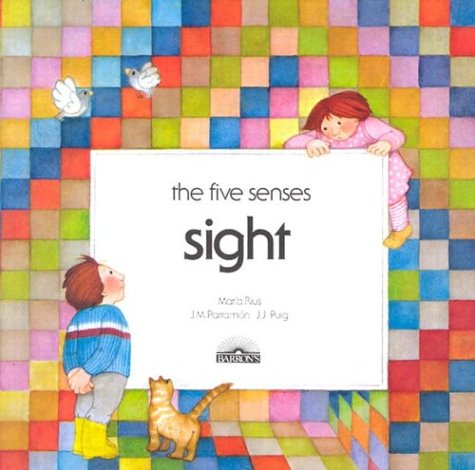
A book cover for Sight (Five Senses Series); Maria Rius; Children's Books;